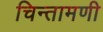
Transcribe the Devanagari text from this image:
चिन्तामणी